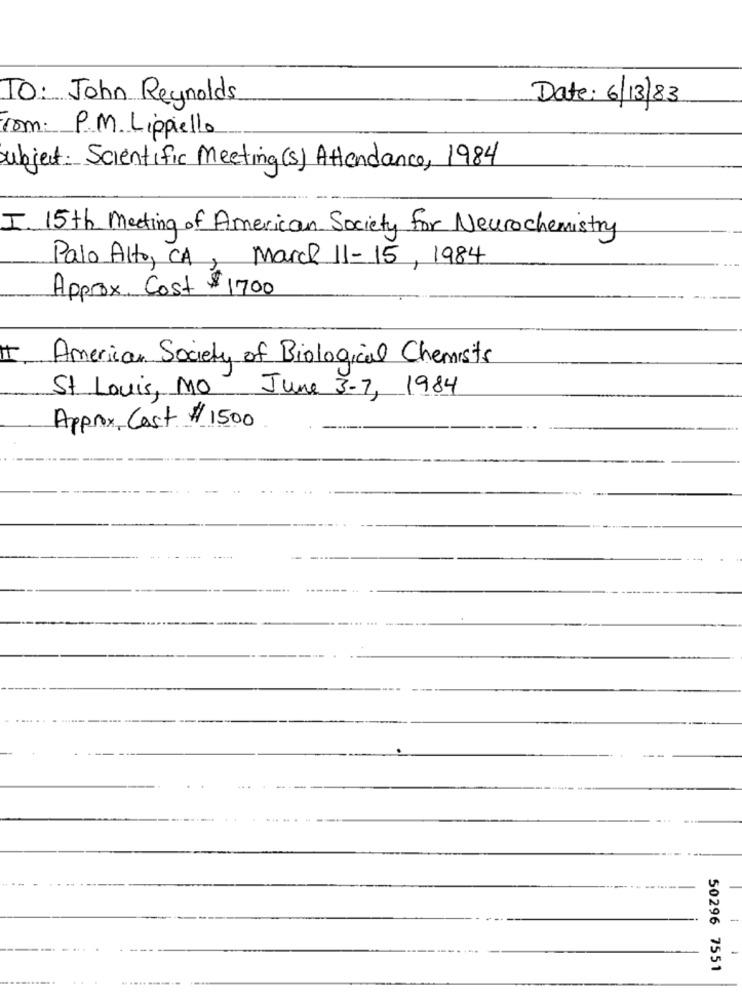
TO: John Reynolds
Date: 6/13/83
com.
P.M. Lippiello
subject: Scientific Meeting (s) Attendance, 1984
I. 15th Meeting of American Society for Neurochemistry
Palo Alto, CA, March 11-15, 1984
Approx. Cost $1700
American Society of Biological Chemists
June 3-7, 1984
St Louis, MO
Approx, Cost #1500
50296 7551